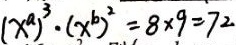
( x ^ { a } ) ^ { 3 } \cdot ( x ^ { b } ) ^ { 2 } = 8 \times 9 = 7 2